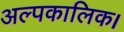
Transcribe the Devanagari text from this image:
अल्पकालिक।